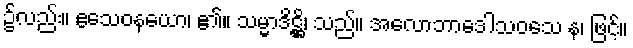
၌လည်း။ ဧသေဝနယော၊ ၏။ သမ္မာဒိဋ္ဌိ၊ သည်။ အလောဘာဒေါသဝသေ န၊ ဖြင့်။